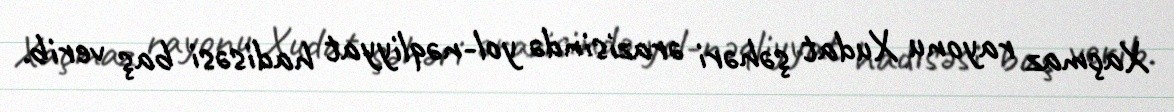
Xaçmaz rayonu Xudat şəhəri ərazisində yol-nəqliyyat hadisəsi baş verib.